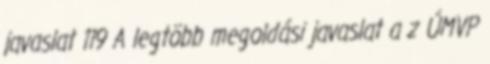
javaslat 119 A legtöbb megoldási javaslat a z ÚMVP